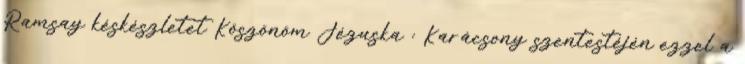
Ramsay késkészletet Köszönöm Jézuska : Karácsony szentestéjén ezzel a